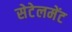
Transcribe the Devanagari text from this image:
सेटेलमेंट